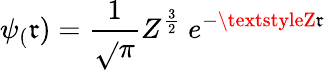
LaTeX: \psi_{(}\mathfrak{r})={\frac{{1}}{{\sqrt{}{{\pi}}}}}Z^{\frac{{3}}{{2}}}\ e^{-{\textstyleZ\mathfrak{r}}}